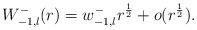
LaTeX: \begin{align*}W^-_{-1,l}(r)= w_{-1,l}^-r^{\frac{1}{2}}+o(r^{\frac{1}{2}}).\end{align*}